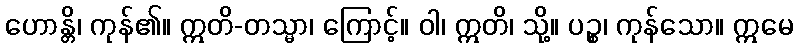
ဟောန္တိ၊ ကုန်၏။ ဣတိ-တသ္မာ၊ ကြောင့်။ ဝါ၊ ဣတိ၊ သို့။ ပဉ္စ၊ ကုန်သော။ ဣမေ